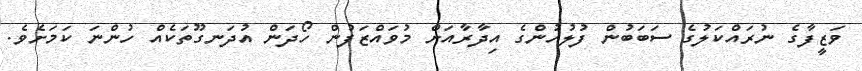
ވަޒީފާގެ ނުރައްކަލުގެ ސަބަބުން ފުލުުހުންގެ އިދާރާއަށް މުވައްޒަފުން ހޯދަން އުދަނގޫތަކެއް ހުންނަ ކަމަށެވެ.